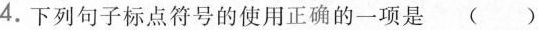
4.下列句子标点符号的使用正确的一项是( )